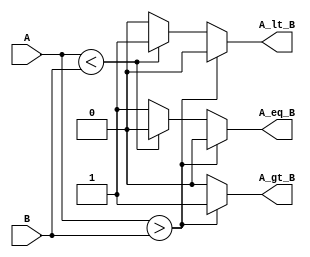
module ParameterizedComparator #(
    parameter WIDTH = 8 // Default bit-width is set to 8
)(
    input  [WIDTH-1:0] A, // Input A
    input  [WIDTH-1:0] B, // Input B
    output reg A_gt_B,     // A greater than B
    output reg A_lt_B,     // A less than B
    output reg A_eq_B      // A equal to B
);

// Combinational logic for comparison
always @* begin
    // Default values
    A_gt_B = 0;
    A_lt_B = 0;
    A_eq_B = 0;

    // Comparison logic
    if (A > B) begin
        A_gt_B = 1;
    end else if (A < B) begin
        A_lt_B = 1;
    end else begin
        A_eq_B = 1;
    end
end

endmodule